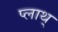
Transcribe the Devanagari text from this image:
प्लाथ्